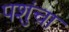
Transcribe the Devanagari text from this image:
पशुंचा